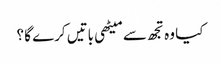
کیا وہ تجھ سے میٹھی باتیں کرے گا ؟